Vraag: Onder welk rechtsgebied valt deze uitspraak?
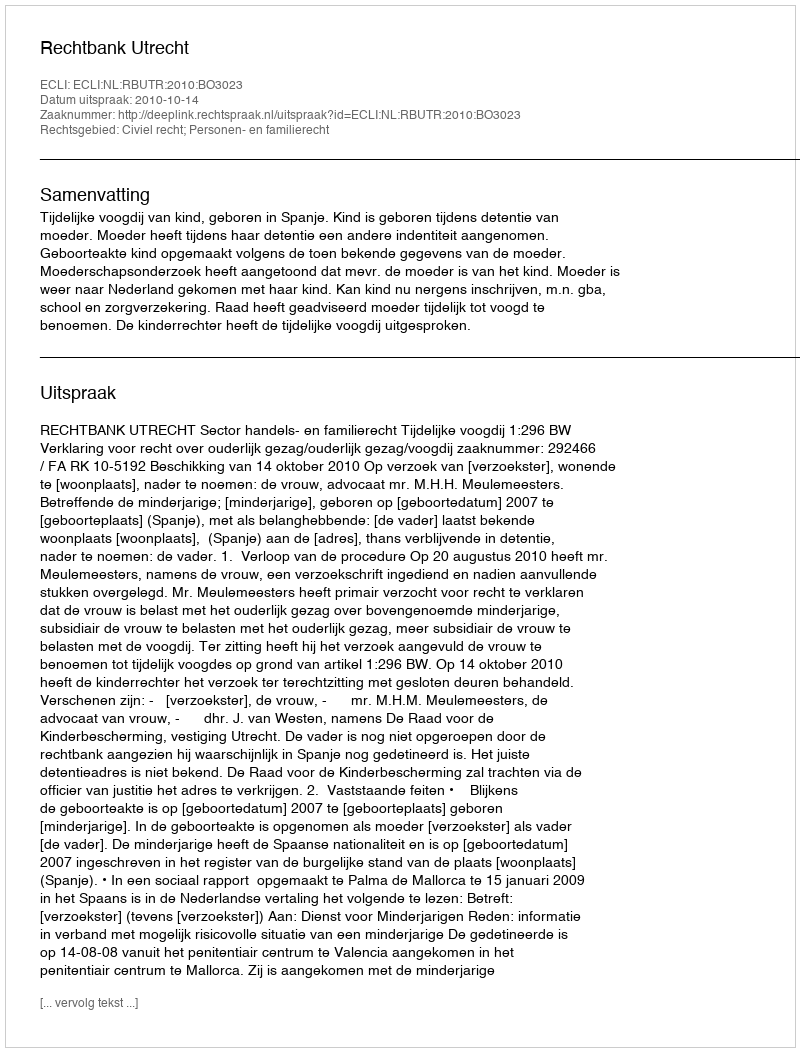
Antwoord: Civiel recht; Personen- en familierecht